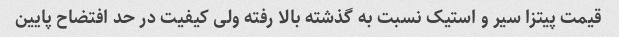
قیمت پیتزا سیر و استیک نسبت به گذشته بالا رفته ولی کیفیت در حد افتضاح پایین